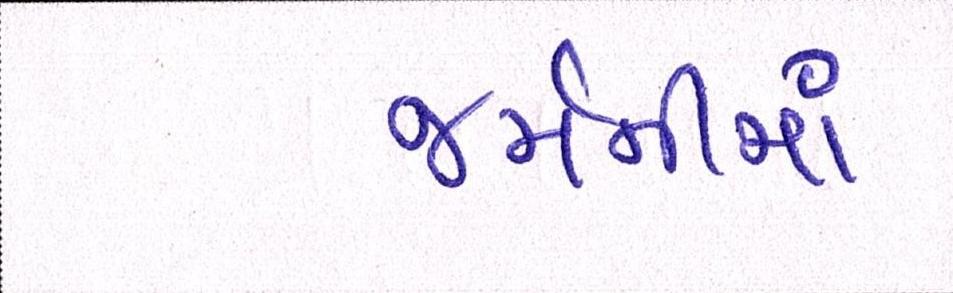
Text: જર્મનીમાં